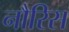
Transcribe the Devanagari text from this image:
नौरिस